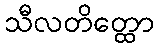
သီလတိတ္ထော